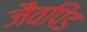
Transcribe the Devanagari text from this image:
जैवपिंड